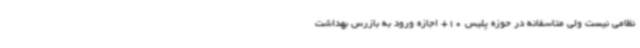
نظامی نیست ولی متاسفانه در حوزه پلیس 10+ اجازه ورود به بازرس بهداشت